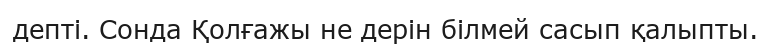
депті. Сонда Қолғажы не дерін білмей сасып қалыпты.